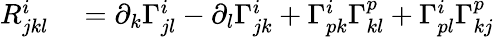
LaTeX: \begin{array}{rl}{R_{jkl}^{i}}&{{}=\partial_{k}\Gamma_{jl}^{i}-\partial_{l}\Gamma_{jk}^{i}+\Gamma_{pk}^{i}\Gamma_{kl}^{p}+\Gamma_{pl}^{i}\Gamma_{kj}^{p}}\end{array}